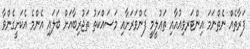
ފަރާތެއް ނެތްނަމަ އިންޓަރވިއުއާއި ތަޢުލީމީ ފެންވަރަށާއި މަސައްކަތު ތަޖުރިބާއަށް ބަލައި އެންމެ އެކަށީގެންވާ